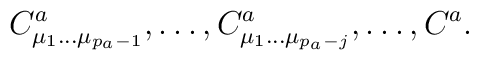
C^a_{\mu_1 \ldots\mu_{p_a-1}},\ldots,C^a_{\mu_1\ldots\mu_{p_a-j}},\ldots, C^a.